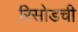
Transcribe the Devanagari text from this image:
रिसोडची